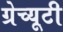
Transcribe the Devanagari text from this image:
ग्रेच्यूटी